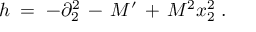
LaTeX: h \; = \; - \partial _ { 2 } ^ { 2 } \, - \, M ^ { \prime } \, + \, M ^ { 2 } x _ { 2 } ^ { 2 } \; .